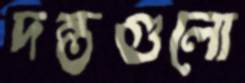
দন্তগুলো